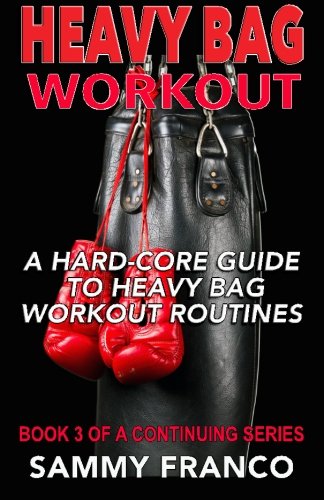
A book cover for Heavy Bag Workout: A Hard-Core Guide to Heavy Bag Workout Routines (Heavy Bag Training Series) (Volume 3); Sammy Franco; Sports & Outdoors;